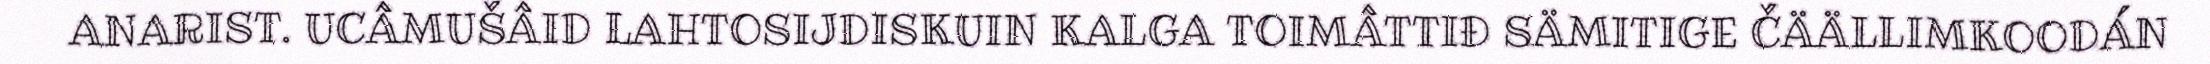
ANARIST. UCÂMUŠÂID LAHTOSIJDISKUIN KALGA TOIMÂTTIĐ SÄMITIGE ČÄÄLLIMKOODÁN